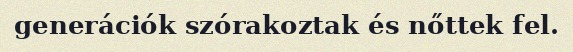
generációk szórakoztak és nőttek fel.